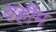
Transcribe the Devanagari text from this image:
यहीम